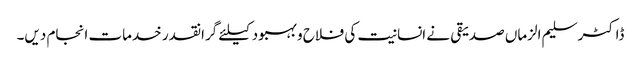
ڈاکٹر سلیم الزماں صدیقی نے انسانیت کی فلاح و بہبود کیلئے گرانقدر خدمات انجام دیں۔